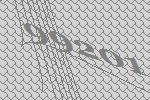
99201